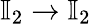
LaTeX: \mathbb{I}_{2}\rightarrow\mathbb{I}_{2}